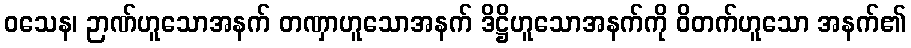
ဝသေန၊ ဉာဏ်ဟူသောအနက် တဏှာဟူသောအနက် ဒိဋ္ဌိဟူသောအနက်ကို ဝိတက်ဟူသော အနက်၏